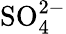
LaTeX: \mathrm{SO}_{4}^{2-}